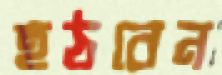
হঠবেন